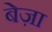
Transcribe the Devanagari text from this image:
बेज़ा